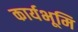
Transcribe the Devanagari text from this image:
कार्यभूमि